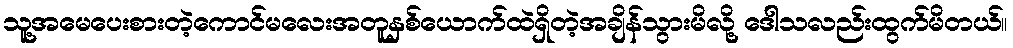
သူ့အမေပေးစားတဲ့ကောင်မလေးအတူနှစ်ယောက်ထဲရှိတဲ့အချိန်သွားမိလို့ ဒေါသလည်းထွက်မိတယ်။